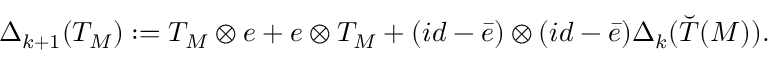
\Delta _ { k + 1 } ( T _ { M } ) : = T _ { M } \otimes e + e \otimes T _ { M } + ( i d - \bar { e } ) \otimes ( i d - \bar { e } ) \Delta _ { k } ( \breve { T } ( M ) ) .